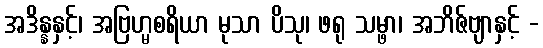
အဒိန္နနှင့်၊ အဗြဟ္မစရိယာ မုသာ ပိသု၊ ဖရု သမ္ဖာ၊ အဘိဇ်ဗျာနှင့် -